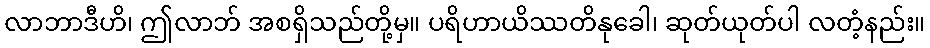
လာဘာဒီဟိ၊ ဤလာဘ် အစရှိသည်တို့မှ။ ပရိဟာယိဿတိနုခေါ၊ ဆုတ်ယုတ်ပါ လတံ့နည်း။